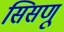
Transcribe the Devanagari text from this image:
सिसणू